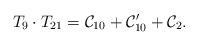
LaTeX: \begin{align*}T_9\cdot T_{21}=\mathcal{C}_{10}+\mathcal{C}_{10}^\prime+\mathcal{C}_2.\end{align*}